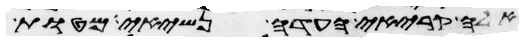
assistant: אלה קריאי העדה נשיאי מטות